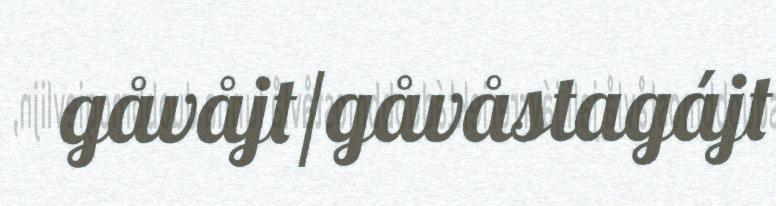
gåvåjt/gåvåstagájt